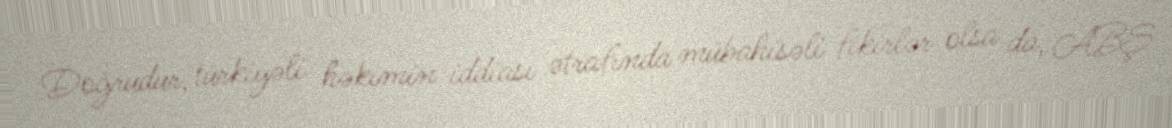
Doğrudur, türkiyəli həkimin iddiası ətrafında mübahisəli fikirlər olsa da, ABŞ